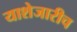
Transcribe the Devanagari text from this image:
याशेजारीच